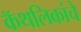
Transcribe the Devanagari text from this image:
कॅथलिकांचे